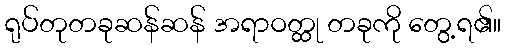
ရုပ်တုတခုဆန်ဆန် အရာဝတ္ထု တခုကို တွေ့ရ၏။